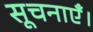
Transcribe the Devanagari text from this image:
सूचनाएँ।